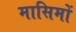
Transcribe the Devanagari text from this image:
मासिमों